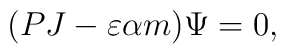
(PJ-\varepsilon \alpha m)\Psi=0,